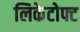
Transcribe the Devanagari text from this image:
लिकेटोफ्ट